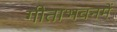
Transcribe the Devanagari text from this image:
गीताभवनमें